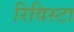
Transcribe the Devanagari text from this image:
रिविस्टा